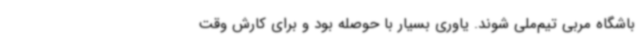
باشگاه مربی تیم‌ملی شوند. یاوری بسیار با حوصله بود و برای کارش وقت